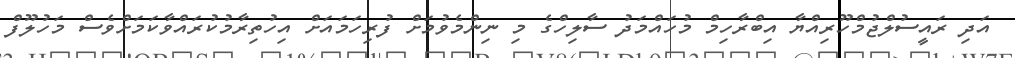
އަދި ރައީސުލްޖުމްހޫރިއްޔާ އިބްރާހިމް މުހައްމަދު ސާލިހްގެ މި ނިންމެވުމަށް ފުރިހަމައަށް އިހުތިރާމުކުރައްވާކަމަށްވެސް މަހުލޫފް